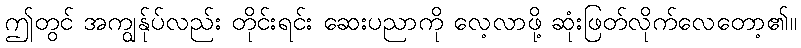
ဤတွင် အကျွန်ုပ်လည်း တိုင်းရင်း ဆေးပညာကို လေ့လာဖို့ ဆုံးဖြတ်လိုက်လေတော့၏။